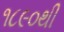
૧૮૯૦થી